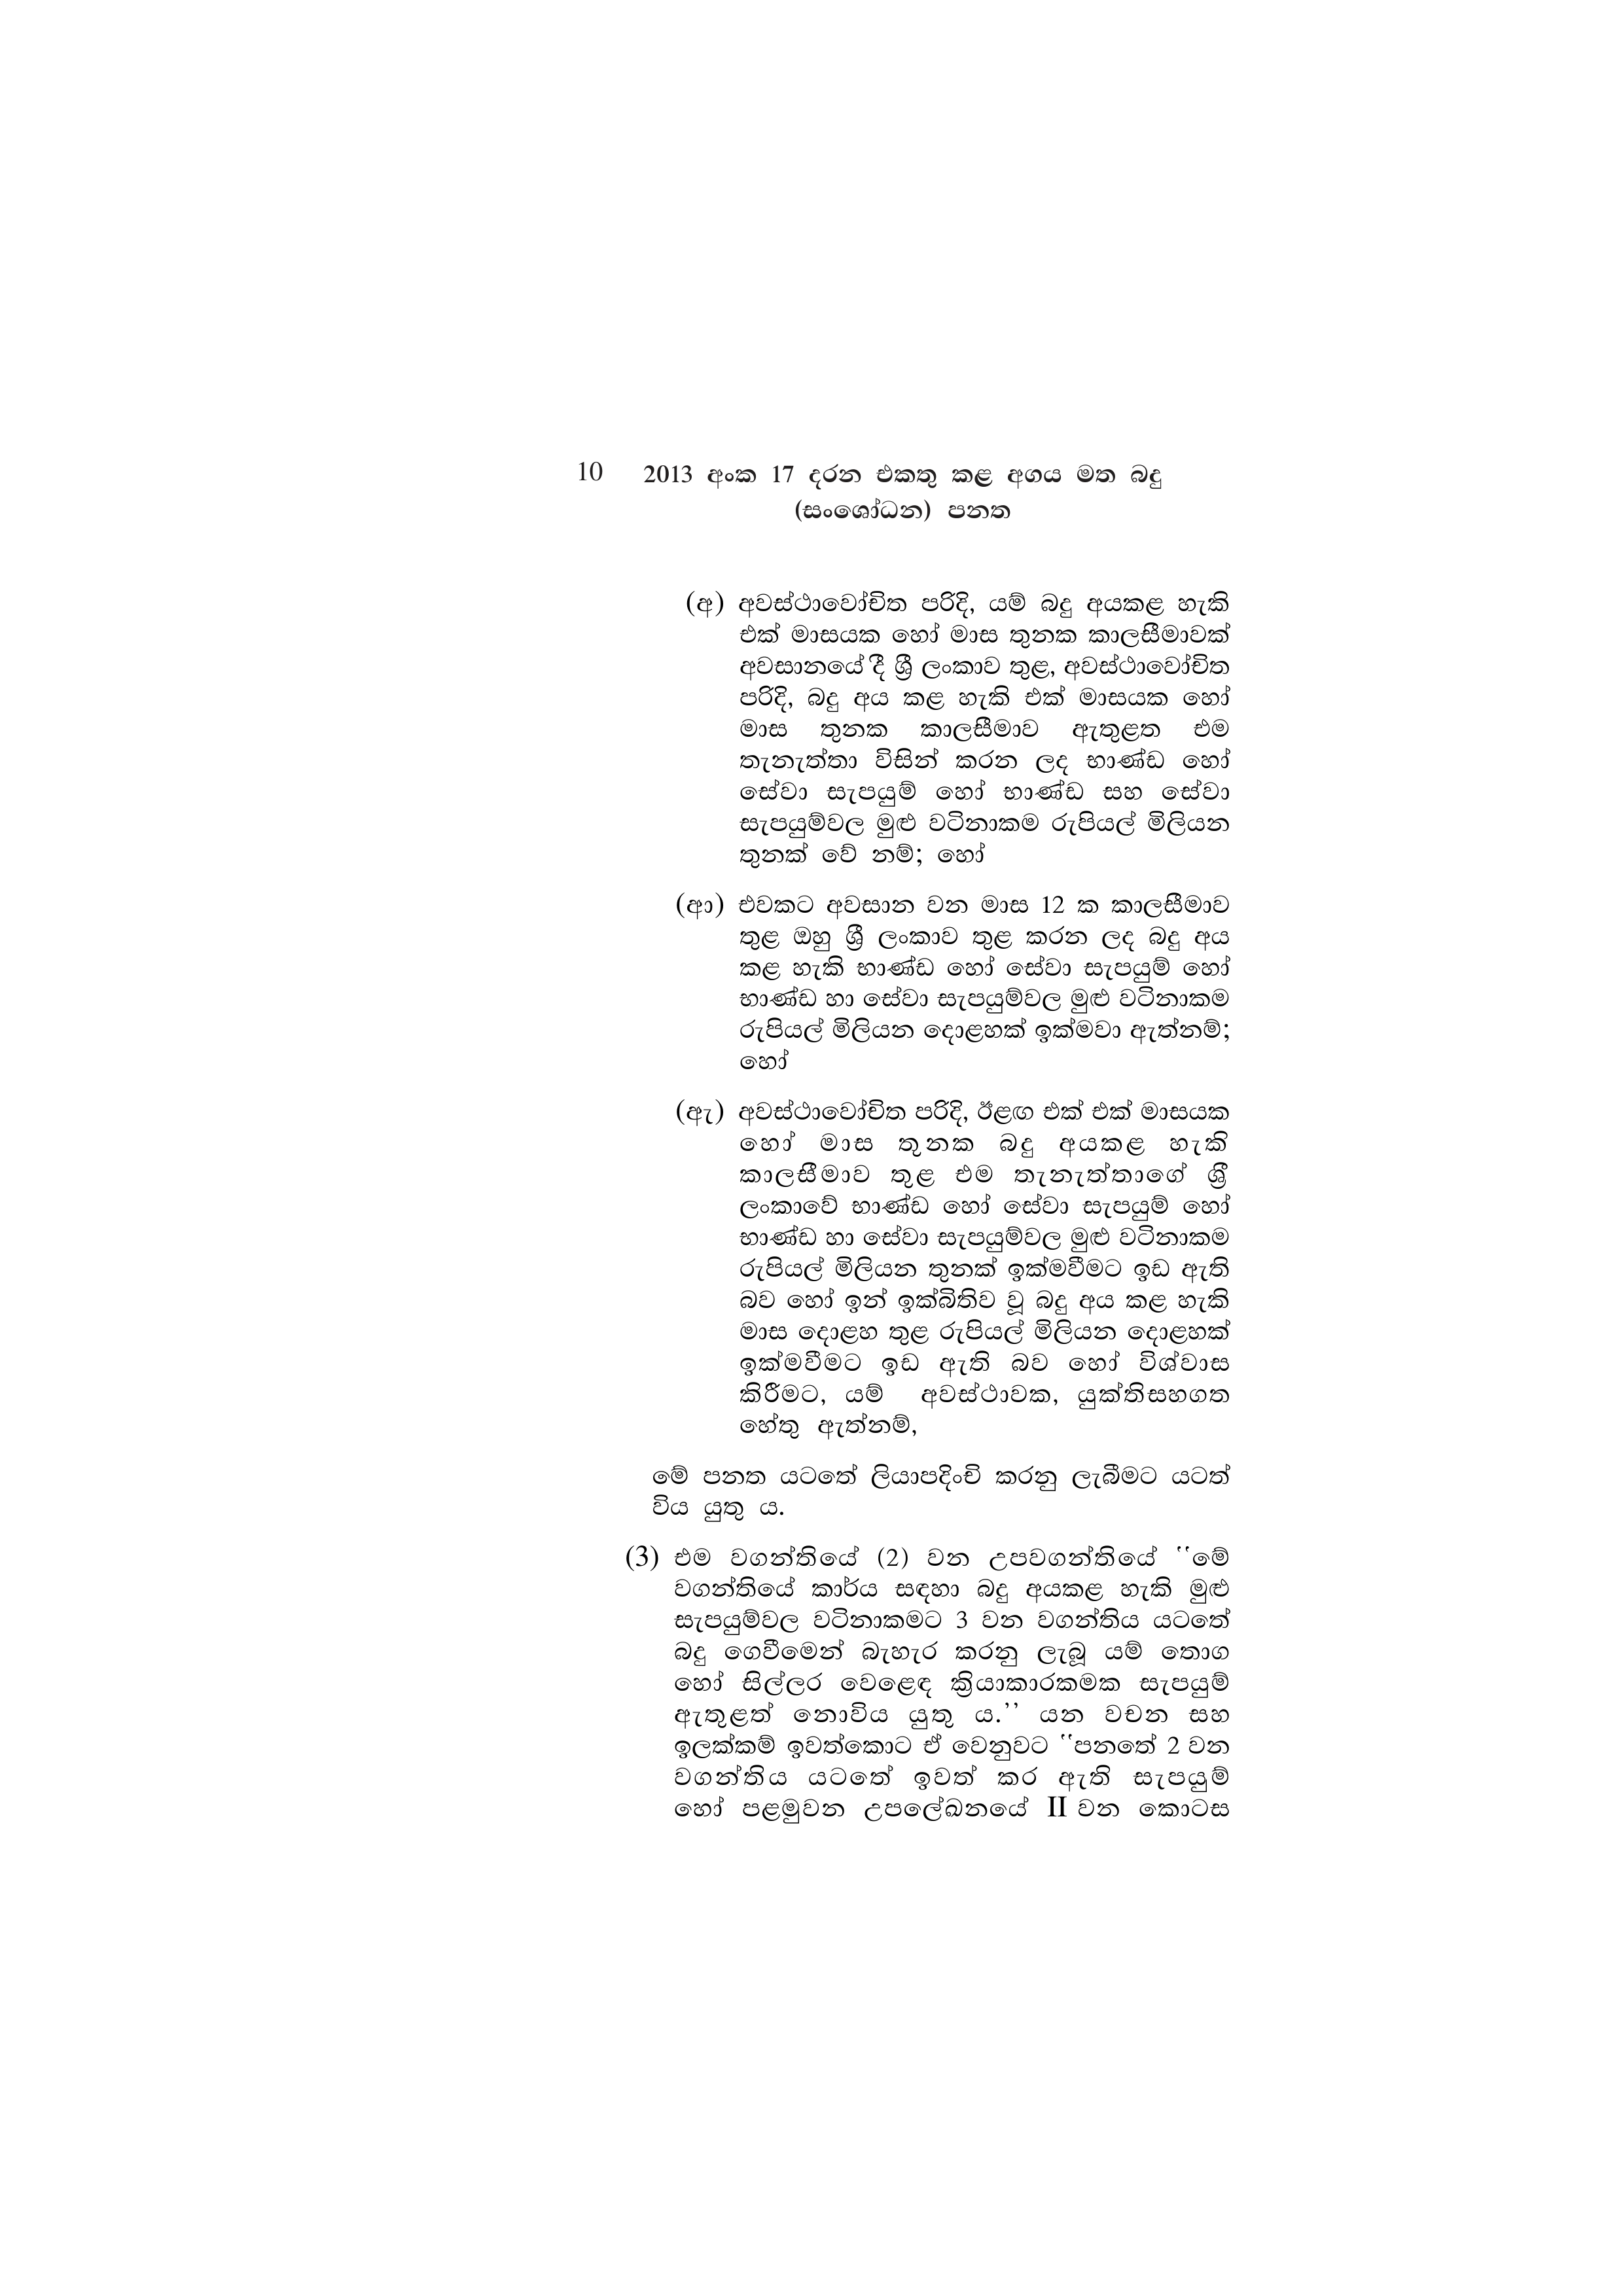
10 2013 අංක 17 දරන එකතු කළ අගය මත බදු
(සංශෝධන) පනත

(අ) අවස්ථාවෝචිත පරිදි, යම් බදු අයකළ හැකි
එක් මාසයක හෝ මාස තුනක කාලසීමාවක්
අවසානයේ දී ශ්‍රී ලංකාව තුළ, අවස්ථාවෝචිත
පරිදි, බදු අය කළ හැකි එක් මාසයක හෝ
මාස තුනක කාලසීමාව ඇතුළත එම
තැනැත්තා විසින් කරන ලද භාණ්ඩ හෝ
සේවා සැපයුම් හෝ භාණ්ඩ සහ සේවා
සැපයුම්වල මුළු වටිනාකම රුපියල් මිලියන
තුනක් වේ නම්; හෝ

(ආ) එවකට අවසාන වන මාස 12 ක කාලසීමාව
තුළ ඔහු ශ්‍රී ලංකාව තුළ කරන ලද බදු අය
කළ හැකි භාණ්ඩ හෝ සේවා සැපයුම් හෝ
භාණ්ඩ හා සේවා සැපයුම්වල මුළු වටිනාකම
රුපියල් මිලියන දොළහක් ඉක්මවා ඇත්නම්;
හෝ

(ඇ) අවස්ථාවෝචිත පරිදි, ඊළඟ එක් එක් මාසයක
හෝ මාස තුනක බදු අයකළ හැකි
කාලසීමාව තුළ එම තැනැත්තාගේ ශ්‍රී
ලංකාවේ භාණ්ඩ හෝ සේවා සැපයුම් හෝ
භාණ්ඩ හා සේවා සැපයුම්වල මුළු වටිනාකම
රුපියල් මිලියන තුනක් ඉක්මවීමට ඉඩ ඇති
බව හෝ ඉන් ඉක්බිතිව වූ බදු අය කළ හැකි
මාස දොළහ තුළ රුපියල් මිලියන දොළහක්
ඉක්මවීමට ඉඩ ඇති බව හෝ විශ්වාස
කිරීමට, යම් අවස්ථාවක, යුක්තිසහගත
හේතු ඇත්නම්,

මේ පනත යටතේ ලියාපදිංචි කරනු ලැබීමට යටත්
විය යුතු ය.

(3) එම වගන්තියේ (2) වන උපවගන්තියේ "මේ
වගන්තියේ කාර්ය සඳහා බදු අයකළ හැකි මුළු
සැපයුම්වල වටිනාකමට 3 වන වගන්තිය යටතේ
බදු ගෙවීමෙන් බැහැර කරනු ලැබූ යම් තොග
හෝ සිල්ලර වෙළෙඳ ක්‍රියාකාරකමක සැපයුම්
ඇතුළත් නොවිය යුතු ය.” යන වචන සහ
ඉලක්කම් ඉවත්කොට ඒ වෙනුවට "පනතේ 2 වන
වගන්තිය යටතේ ඉවත් කර ඇති සැපයුම්
හෝ පළමුවන උපලේඛනයේ II වන කොටස